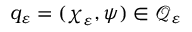
q _ { \varepsilon } = ( \boldsymbol { \chi } _ { \varepsilon } , \psi ) \in \mathcal { Q } _ { \varepsilon }